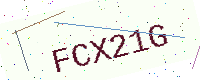
Text: FCX21G